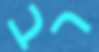
רב